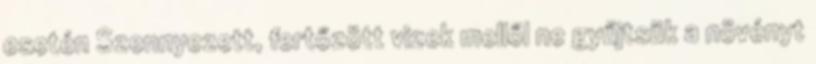
esetén Szennyezett, fertőzött vizek mellől ne gyűjtsük a növényt